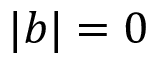
| b | = 0